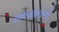
સમયસરનો